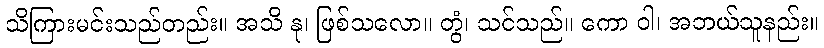
သိကြားမင်းသည်တည်း။ အသိ နု၊ ဖြစ်သလော။ တွံ၊ သင်သည်။ ကော ဝါ၊ အဘယ်သူနည်း။